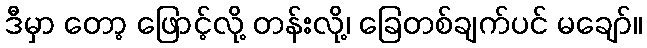
ဒီမှာ တော့ ဖြောင့်လို့ တန်းလို့၊ ခြေတစ်ချက်ပင် မချော်။